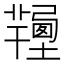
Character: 𢐽